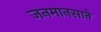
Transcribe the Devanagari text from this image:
जनमानसाने